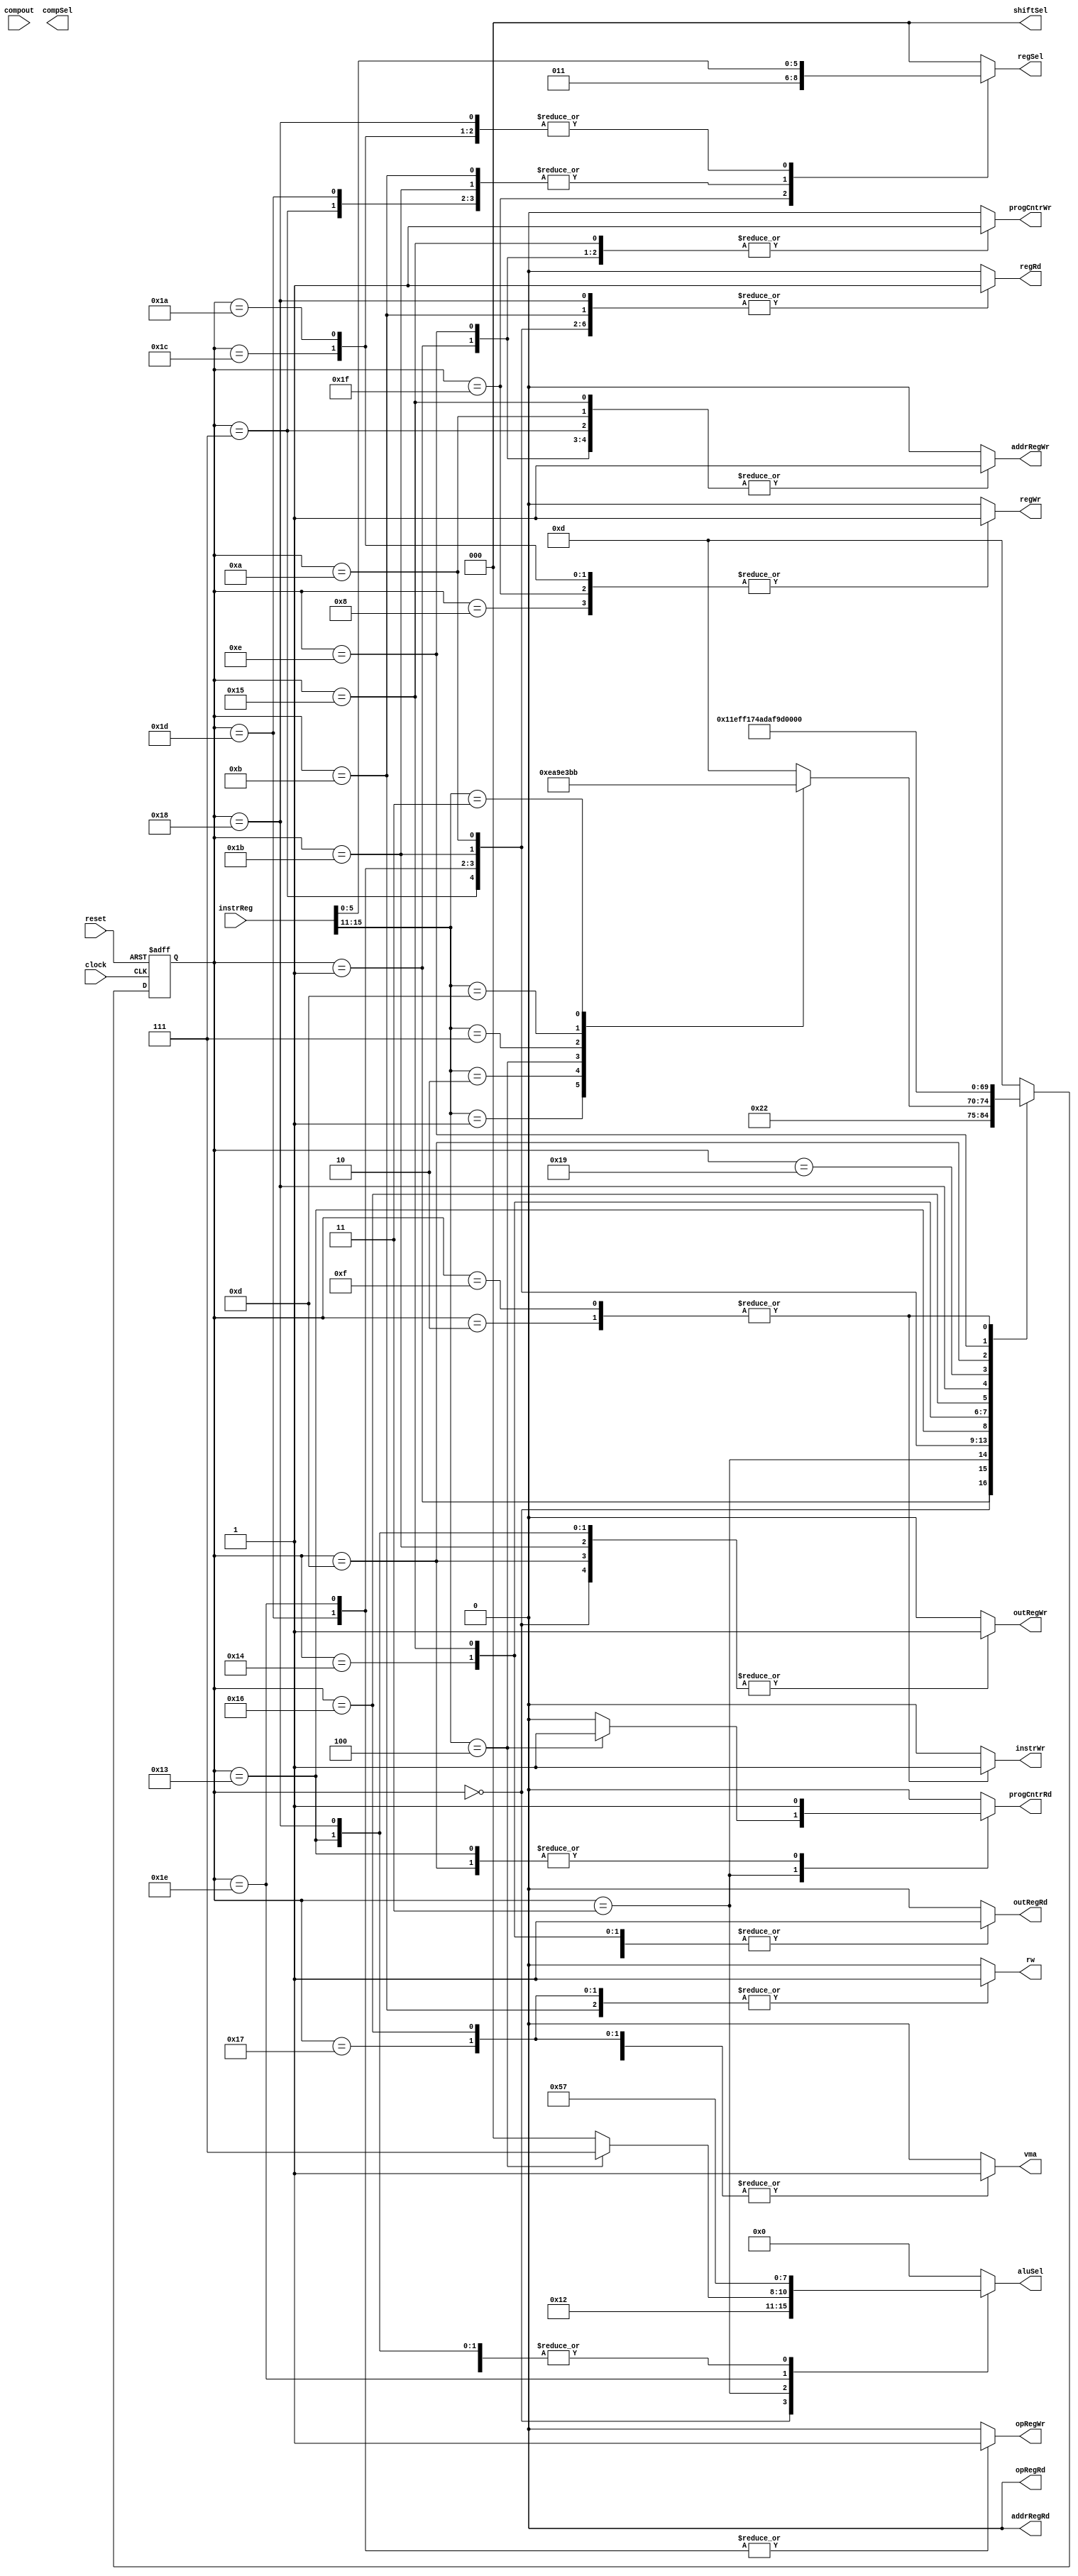
module CONTRLA(clock,reset,instrReg,compout,progCntrWr,progCntrRd,addrRegWr,addrRegRd,outRegWr,outRegRd,shiftSel,aluSel,compSel,opRegRd,opRegWr,instrWr,regSel,regRd,regWr,rw,vma);

	input clock; 
	input reset;
	input[15:0]instrReg;
	input compout;
	
	output progCntrWr;
	output progCntrRd;
	output addrRegWr;
	output addrRegRd;
	output outRegWr;
	output outRegRd;
	output [2:0]shiftSel;output [3:0]aluSel;output [2:0]compSel;
	output opRegRd;
	output opRegWr;
	output instrWr;
	output [2:0] regSel;
	output regRd;
	output regWr;
	output rw;
	output vma;
	
	reg progCntrWr,progCntrRd,addrRegWr,addrRegRd,outRegWr,outRegRd,opRegRd,opRegWr,instrWr,regRd,regWr,rw,vma;
	reg [2:0]shiftSel,regSel;
	reg[3:0]aluSel;
	reg[4:0]current_state,next_state;
	
	wire [2:0]compSel;
	
	parameter shftpass=0,alupass=0,zero=9,inc=7,plus=5;
	parameter reset1=0,reset2=1,reset3=2,execute=3,nop=4,
			    load=5,store=6,load2=7,load3=8,load4=9,
				 store2=10,store3=11,store4=12,
				 incPc=13,incPc2=14,incPc3=15,
				 loadI2=19,loadI3=20,loadI4=21,loadI5=22,loadI6=23,
				 inc2=24,inc3=25,inc4=26,
				 move1=27,move2=28,
				 add2=29,add3=30,add4=31;
	
	always@(current_state or instrReg or compout) begin
		progCntrWr <=0 ;
		progCntrRd <=0 ;
		addrRegWr  <=0 ;
		addrRegRd  <=0 ;
		outRegWr   <=0 ;
		outRegRd   <=0 ;
		opRegRd    <=0 ;
		opRegWr    <=0 ;
		instrWr    <=0 ;
		regSel     <=0 ;
		regRd      <=0 ;
		regWr      <=0 ;
		rw         <=0 ;
		vma        <=0 ;
		
		shiftSel <= shftpass ;
		aluSel   <= alupass ;
		
		case (current_state)
			reset1: begin aluSel     <= zero ;
							  shiftSel   <= shftpass ;
			              outRegWr   <= 1'b1 ;
							  next_state <= reset2 ;
			        end
			
			reset2: begin outRegRd   <= 1'b1 ;
							  progCntrWr <= 1'b1 ;
							  addrRegWr  <= 1'b1 ;
							  next_state <= reset3 ;
			        end
					  
			reset3: begin vma        <= 1'b1 ;
			              rw         <= 1'b0 ;
							  instrWr    <= 1'b1 ;
			              next_state <= execute ;
			        end
			
			execute:
				begin
					case(instrReg[15:11])
						5'b00000:next_state <= incPc ;//NOP
						5'b00001:next_state <= load2 ;//LD
						5'b00010:next_state <= store2 ;//STA
						5'b00100:begin
						progCntrRd <= 1'b1 ;
						aluSel     <= inc ;
						shiftSel   <= shftpass ;
						next_state <= loadI2 ;
				end
			5'b00111:next_state <= inc2 ;
			5'b01101:next_state <= add2 ;
			5'b00011:next_state <= move1 ;
		  default:next_state <= incPc ;
		
		endcase
	end
	
		load2:begin regSel     <= instrReg[5:3] ;
					   regRd      <= 1'b1 ;
					   addrRegWr  <= 1'b1 ;
						next_state <= load3 ;
				end
				
		load3:begin vma        <= 1'b1 ;
		            rw         <= 1'b0 ;
		            regSel     <= instrReg[2:0] ;
		            regWr      <=1'b1 ;
		            next_state <= incPc ;
		      end
		
		add2:begin regSel     <= instrReg[5:3] ;
		           regRd      <= 1'b1 ;
		           next_state <= add3 ;
		           opRegWr    <= 1'b1 ;
		     end
		
		add3:begin regSel<=instrReg[2:0];
		           regRd<=1'b1;
		           aluSel<=plus;
	              shiftSel<=shftpass;
		           opRegWr<=1'b1;
		           next_state<=add4;
		     end
		
		add4:begin regSel<=3'b011;outRegRd<=1'b1;
		regWr<=1'b1;next_state<=incPc;
		end
		
		move1:begin regSel<=instrReg[5:3];regRd<=1'b1;aluSel<=alupass;
		shiftSel<=shftpass;outRegWr<=1'b1;next_state<= move2;
		end
		
		move2:begin regSel<=instrReg[2:0];outRegRd<=1'b1;
		regWr<=1'b1;next_state<=incPc;
		end
		
		store2:begin regSel<=instrReg[2:0];regRd<=1'b1;
		addrRegWr<=1'b1;next_state<=store3;
		end
		
		store3:begin regSel<=instrReg[5:3];regRd<=1'b1;
		rw<=1'b1;next_state<=incPc;
		end
		
		loadI2:begin progCntrRd<=1'b1;aluSel<=inc;shiftSel<=shftpass;
		outRegWr<=1'b1;next_state<=loadI3;
		end
		
		loadI3:begin outRegRd<=1'b1;next_state<=loadI4;end
		
		loadI4:begin outRegRd<=1'b1;progCntrWr<=1'b1;
		addrRegWr<=1'b1;next_state<=loadI5;
		end
		
		loadI5:begin vma<=1'b1;rw<=1'b1;next_state<=loadI6;end
		
		loadI6:begin vma<=1'b1;rw<=1'b1;next_state<=incPc;end
		
		inc2:begin regSel<=instrReg[2:0];regRd<=1'b1;aluSel<=inc;
		
		shiftSel<=shftpass; outRegWr<=1'b1;next_state<=inc3;
		end
		
		inc3:begin outRegRd<=1'b1;next_state<=inc4;
		end
		
		inc4:begin outRegRd<=1'b1;regSel<=instrReg[2:0];
		regWr<=1'b1;next_state<=incPc;
		end
		
		incPc:begin progCntrRd<=1'b1;aluSel<=inc;shiftSel<=shftpass;
		outRegWr<=1'b1;next_state<=incPc2;
		end
		
		incPc2:begin outRegRd<=1'b1; progCntrWr<=1'b1;
		addrRegWr<=1'b1;next_state<=incPc3;
		end
		
		incPc3:begin outRegRd<=1'b0; vma<=1'b1;rw<=1'b0;
		instrWr<=1'b1;next_state<=execute;
		end
		default:next_state<=incPc;
		endcase 
		end
		
	always@(posedge clock or posedge reset)
		
		if (reset==1) current_state <= reset1 ;
			else current_state <= next_state ;

endmodule